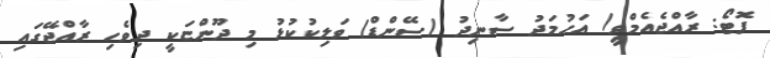
ފޮޓޯ: ރާއްޖެއެމްވީ/ އަހުމަދު ސާނިދު (ސޭންޑް) ވަލިކުކުޅު މި ދޫންޏަކީ ދިވެހި ރާއްޖޭގައި